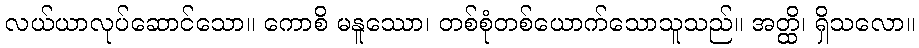
လယ်ယာလုပ်ဆောင်သော။ ကောစိ မနူဿော၊ တစ်စုံတစ်ယောက်သောသူသည်။ အတ္ထိ၊ ရှိသလော။